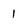
Character: 1